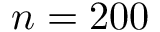
n = 2 0 0